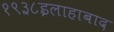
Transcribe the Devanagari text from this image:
१९३८इलाहाबाद